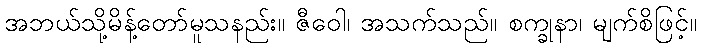
အဘယ်သို့မိန့်တော်မူသနည်း။ ဇီဝေါ၊ အသက်သည်။ စက္ခုနာ၊ မျက်စိဖြင့်။